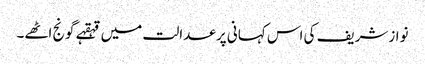
نوازشریف کی اس کہانی پر عدالت میں قہقہے گونج اٹھے۔